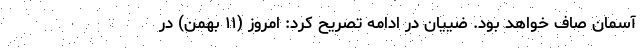
آسمان صاف خواهد بود. ضییان در ادامه تصریح کرد: امروز (۱۱ بهمن) در